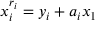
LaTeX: x _ { i } ^ { r _ { i } } = y _ { i } + a _ { i } x _ { 1 }